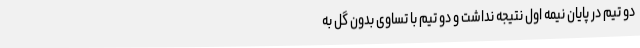
دو تیم در پایان نیمه اول نتیجه نداشت و دو تیم با تساوی بدون گل به